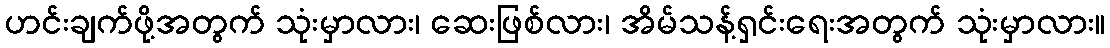
ဟင်းချက်ဖို့အတွက် သုံးမှာလား၊ ဆေးဖြစ်လား၊ အိမ်သန့်ရှင်းရေးအတွက် သုံးမှာလား။